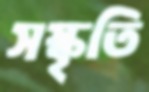
সস্কৃতি